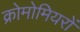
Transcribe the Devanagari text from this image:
क्रोमोमियरों